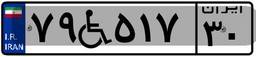
۷۹W۵۱۷۳۰